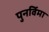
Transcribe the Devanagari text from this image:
पुनर्विमा